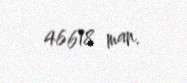
46618 man.